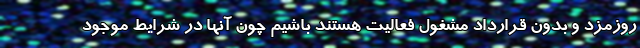
روزمزد و بدون قرارداد مشغول فعالیت هستند باشیم چون آنها در شرایط موجود